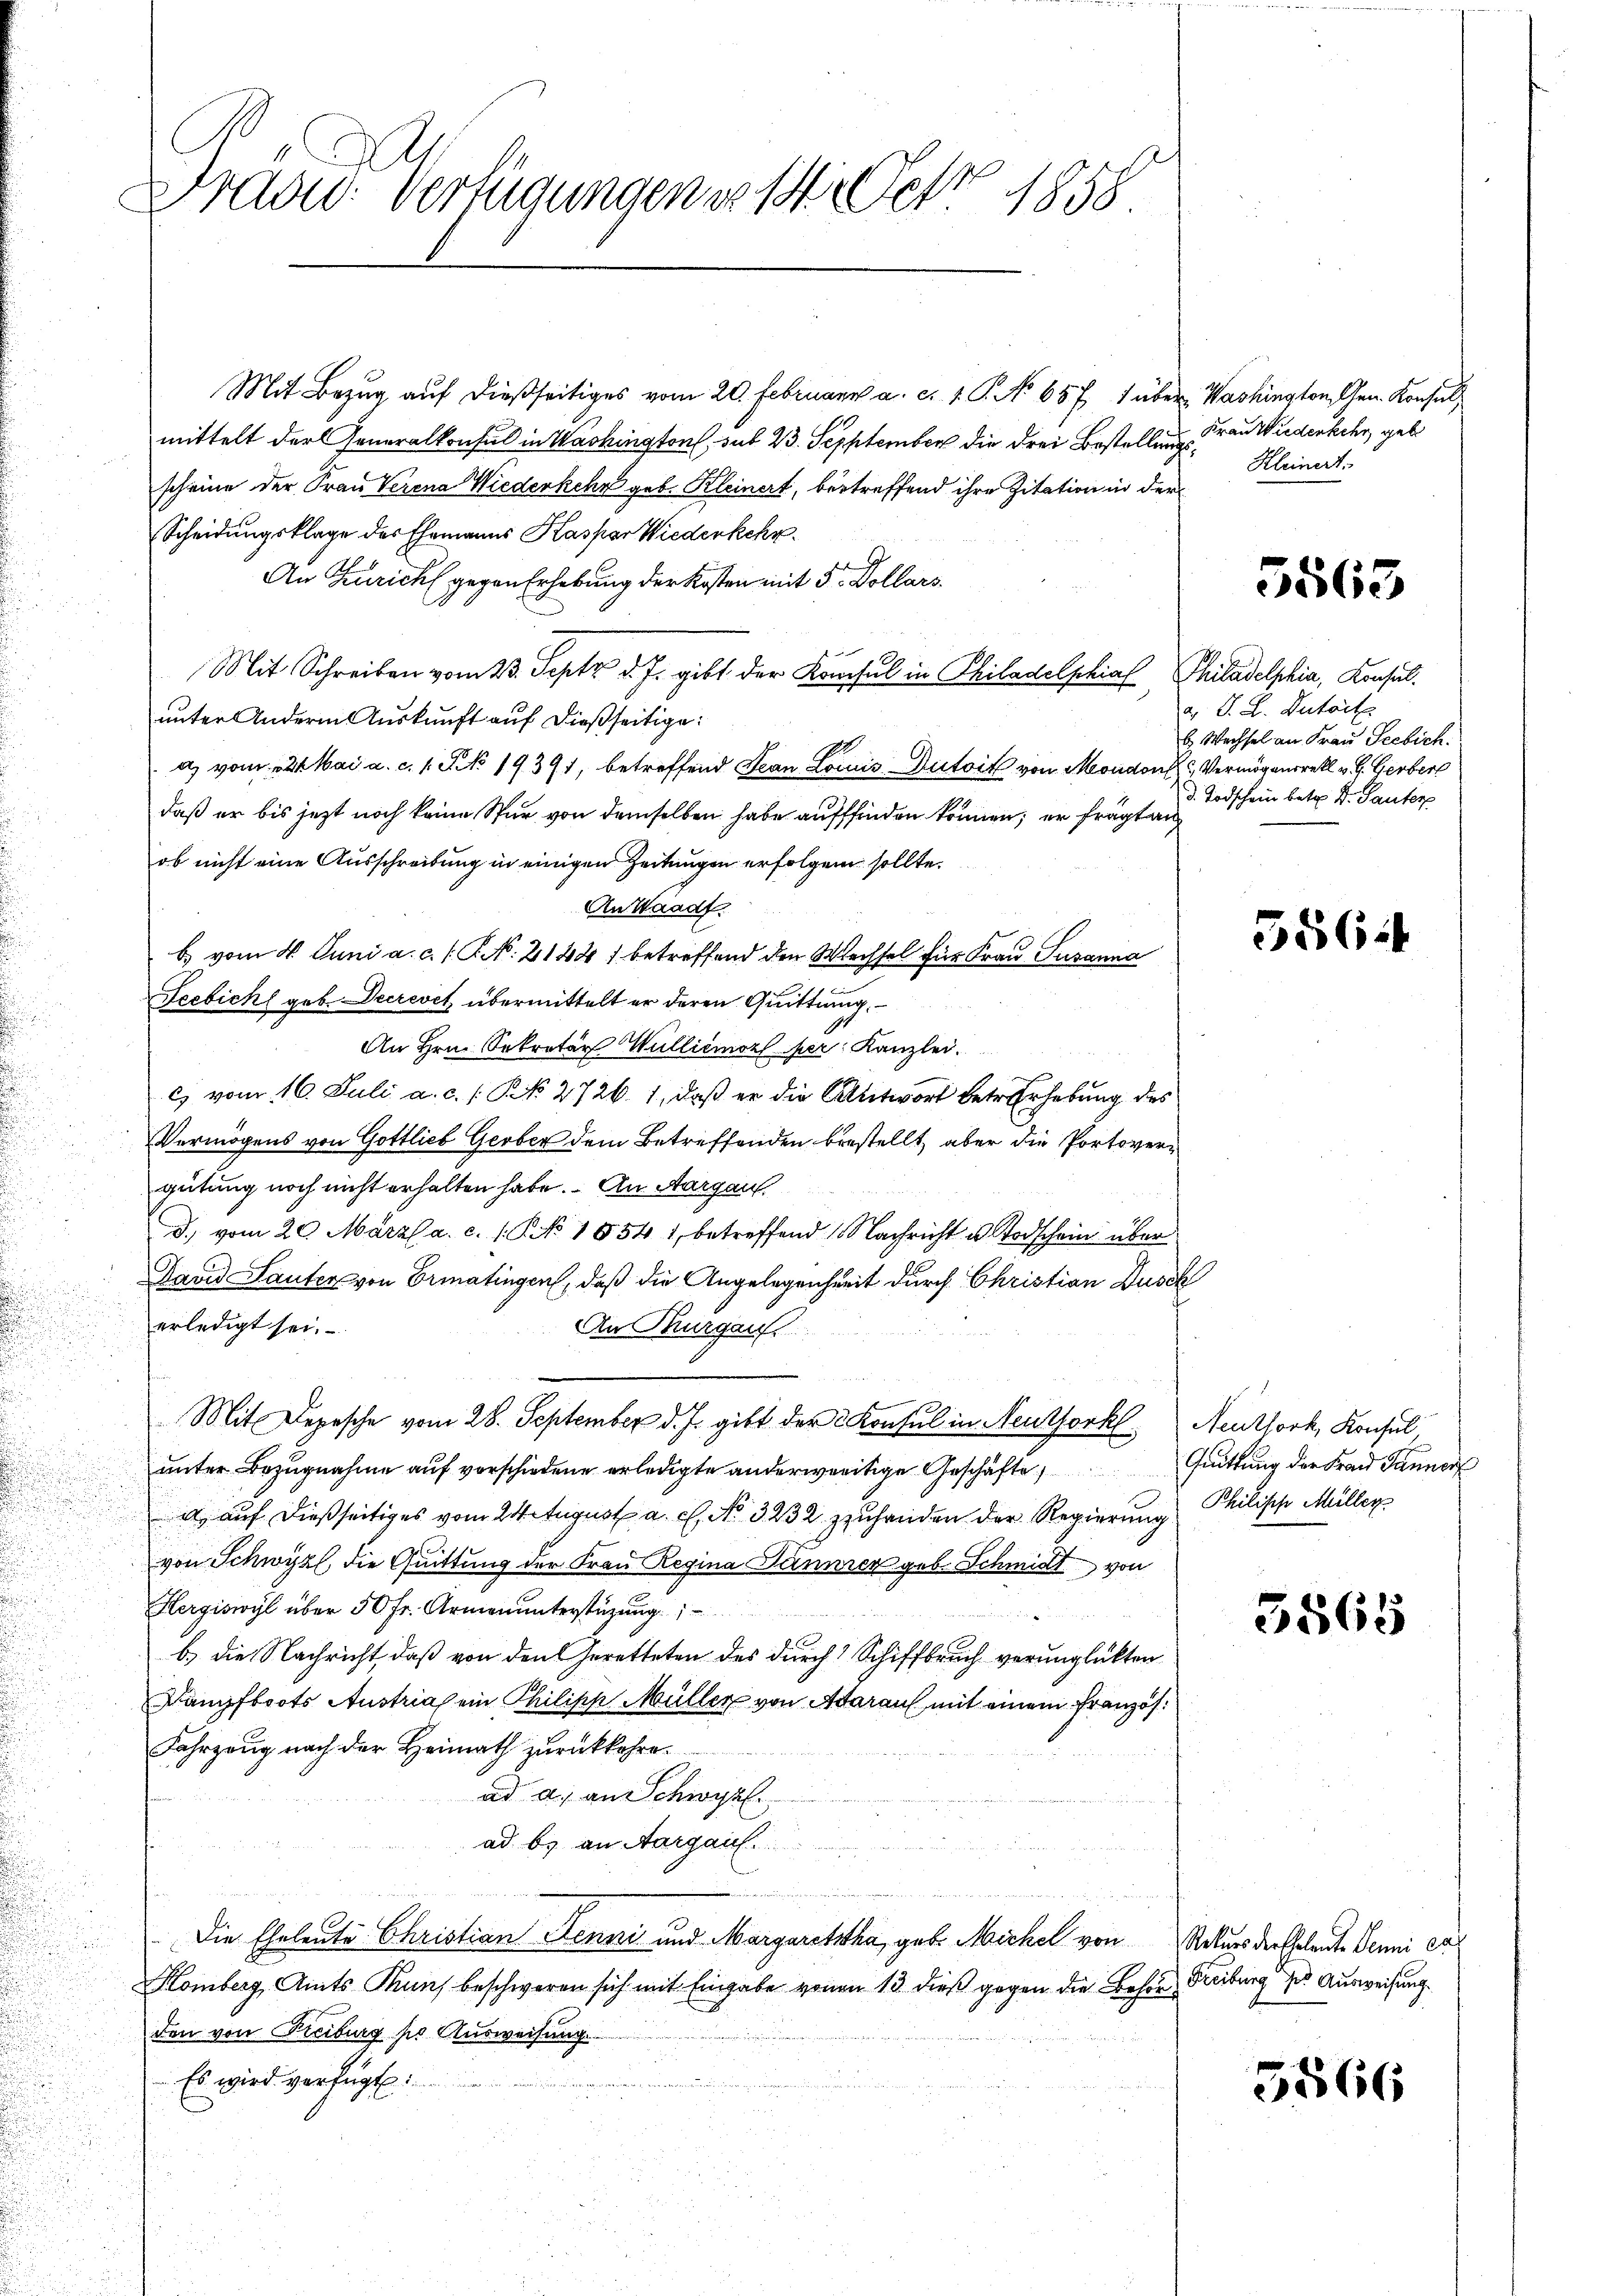
Mit Bezug auf dießseitiges vom 20. Februar a. c. 1. P. No 657 1 über Washington, Gen. Konsuls
mittelt der Generalkonsul in Washington, sub 23. September die drei Bestellungsscheine der Frau Verena Wiederkehr geb. Kleinert, betreffend ihre Zitation in der
Scheidungsklage des Ehemanns Kaspar Wiederkehr
An Zürich gegen Erhebung der Kosten mit 5 Dollars
Mit Schreiben vom 23. Sept d. J. gibt der Konsul in Philadelphial Philadelphia, Konsulunter Andern Auskunft auf dießseitige:
a) vom 22t Mai a. c. 1. No. 19391, betreffend Jean Louis Antoit von Moudons Vermögensretl v. G. Gerber
daß er bis jetzt noch keine Spur von demselben habe auffinden können; er frägt an
ob nicht eine Ausschreibung in einigen Zeitungen erfolgen sollte.
An Waadt.
b. vom 4. Juni a. c. l. P. N. 2144) betreffend den Wechsel für Frau Susanna
Secbichl geb. Decrevet übermittelt er deren Quittung,
An Hrn. Sekretär Wullienorf per Kanzlei.
c) vom 16. Juli a. c. / Kk. 2726. 1, daß er die Antwort betr. Erhebung des
Vermögens von Gottlieb Gerber dem Betreffenden bestellt, aber die Portovergütung noch nicht erhalten habe. An Aargau
d. vom 20. März a. c. 1. No 1854 1, betreffend Nachricht u Todschein über
David Lauten von Ermatingen, daß die Angelegenheit durch Christian Dusch
erledigt sei.
An Thurgau
Mit Depesche vom 28. September d. Js. gibt der Konsul in Neuthorkl. Neuthork, Konsul,
unter Bezugnahme auf vorschiedene erledigte anderweitige Geschäfte
a, auf dießseitiges vom 24. August a. c. No. 3232 zzuhanden der Regierung Philisch Müller
von Schwyz, die Quittung der Frau Regina Tannren geb. Schmidt von
Hergiswyl über 50 fr. Armenunterstüzung

b.) Die Nachricht, daß von den Geretteten des durch Schiffbruch verunglükten
Kampfboots Austrias ein Philipp Müller von Aarauf, mit einem Französ¬
Fahrzeug nach der Heimath zurückkehre.
ad a. an Schwyz
ad b. an Aargau.
e
Die Eheleute Christian Jenni und Margaretha, geb. Michel von Rekurs der Eheleute Denni car
¬
Momberg, Amts Thun beschweren sich mit Eingabe vonen 13 dieß gegen die Behör Freibung der Ausweisung.
den von Freiburg so Ausweisung.
Es wird verfügt:

Frad: Verfügungen so er 1858.

Frau Wiedenkehr, geb.
Kleinert.

5563

v. J. L. Dutrit
E Wechsel an Frau Seebich.
d. Todschein betr. Dr. Sauter

586

Quittung der Frau Panners

5865

5866